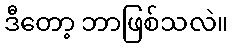
ဒီတော့ ဘာဖြစ်သလဲ။